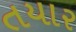
તયાર